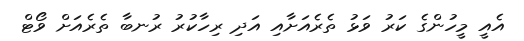
އެެއީ މީހުންގެ ކަރު ވަޅު ތެރެއަށާއި އަދި ރިހާކުރު ރުނބާ ތެރެއަށް ވޯޓް